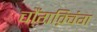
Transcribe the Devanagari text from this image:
चौंगक़्विंग